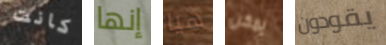
كانت إنها هيا يمكن يقودون